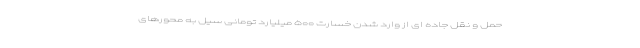
حمل و نقل جاده ای از وارد شدن خسارت ۵۰۰ میلیارد تومانی سیل به محورهای